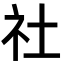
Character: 社